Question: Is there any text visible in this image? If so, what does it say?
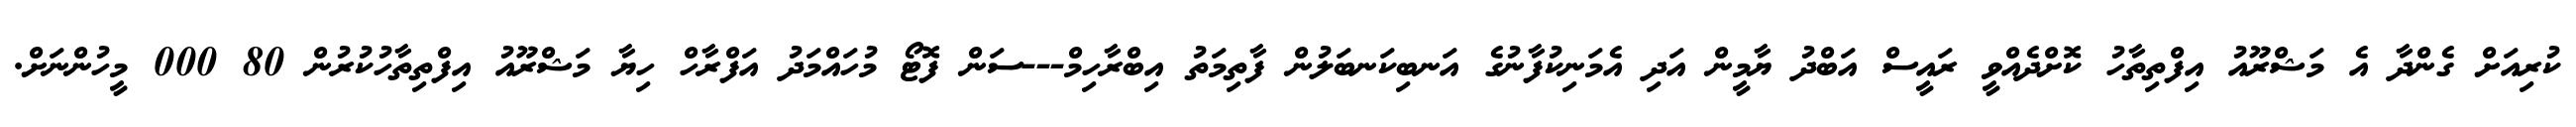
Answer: ކުރިއަށް ގެންދާ އެ މަޝްރޫއު އިފްތިތާހު ކޮށްދެއްވީ ރައީސް އަބްދު ޔާމީން އަދި އެމަނިކުފާނުގެ އަނބިކަނބަލުން ފާތިމަތު އިބްރާހިމް---ސަން ފޮޓޯ މުހައްމަދު އަފްރާހް ހިޔާ މަޝްރޫއު އިފްތިތާހުކުރުން 80 000 މީހުންނަށް.